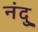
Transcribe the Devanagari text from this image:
नंदु